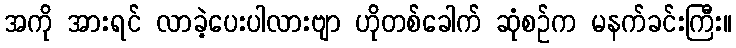
အကို အားရင် လာခဲ့ပေးပါလားဗျာ ဟိုတစ်ခေါက် ဆုံစဉ်က မနက်ခင်းကြီး။